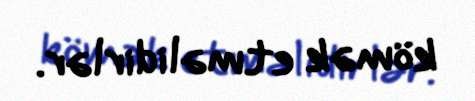
kömək etməlidirlər.